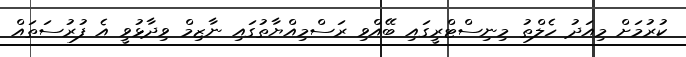
ކުރުމަށް މިއަދު ހެލްތު މިނިސްޓްރީގައި ބޭއްވި ރަސްމިއްޔާތުގައި ނާޒިމް ވިދާޅުވީ އެ ފުރުސަތައް